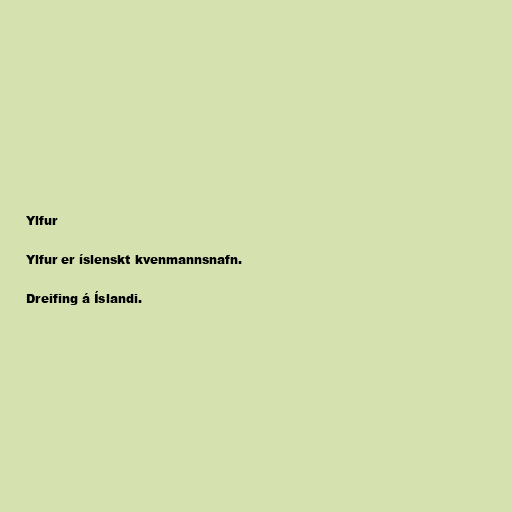
Ylfur

Ylfur er íslenskt kvenmannsnafn.

Dreifing á Íslandi.